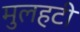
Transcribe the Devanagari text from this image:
मुलहटी